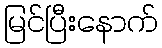
မြင်ပြီးနောက်